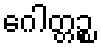
ဂေါတ္တဉ္စ